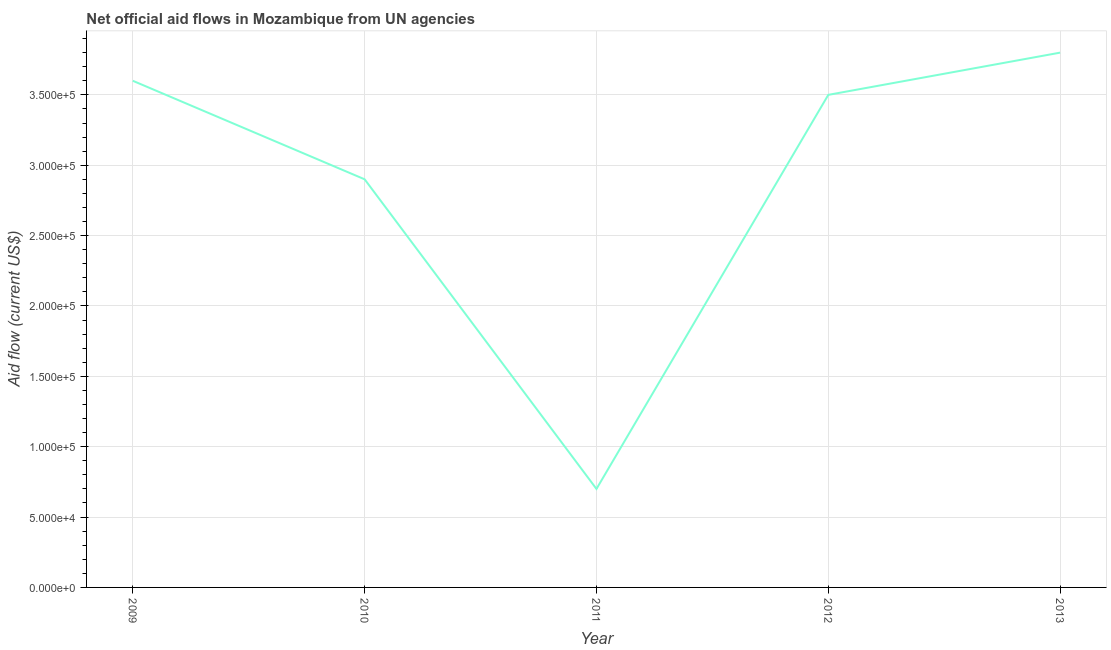
| Year | Net official flows from UN agencies |
 | --- | --- |
 | 2009 | 3.6e+05 |
 | 2010 | 2.9e+05 |
 | 2011 | 7e+04 |
 | 2012 | 3.5e+05 |
 | 2013 | 3.8e+05 |